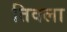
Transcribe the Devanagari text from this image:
तिवला